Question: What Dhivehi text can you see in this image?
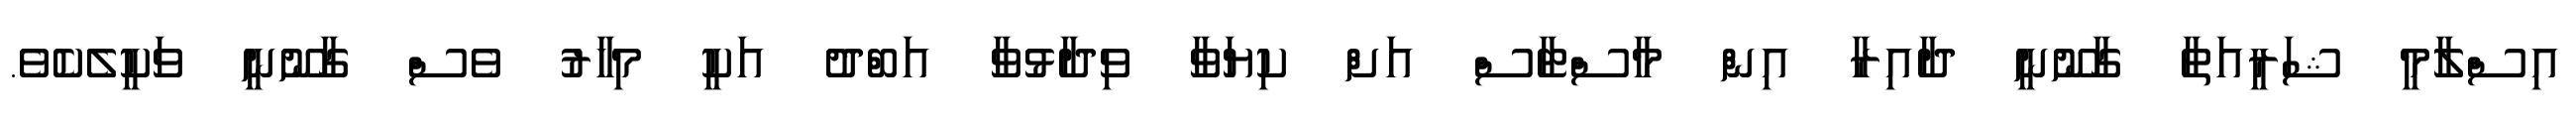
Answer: އިސްލާމީ ޝަރީއަތާ ގާނޫނީ ދާއިރާ އިން މާސްޓާސް އަށް ކިޔަވާ ވިދާޅުވާ އަބްދު އަކީ މިހާރު ވެސް ގާނޫނީ ވަކީލެކެވެ.